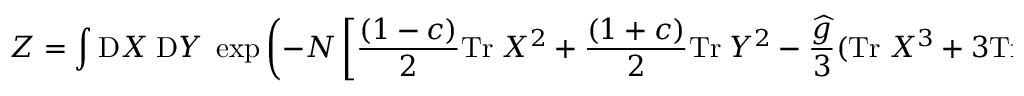
Z = \int \mathrm { D } X \; \mathrm { D } Y \; \exp \left( - N \left[ \frac { ( 1 - c ) } { 2 } \mathrm { T r } \; X ^ { 2 } + \frac { ( 1 + c ) } { 2 } \mathrm { T r } \; Y ^ { 2 } - \frac { \widehat { g } } { 3 } ( \mathrm { T r } \; X ^ { 3 } + 3 \mathrm { T r } \; X Y ^ { 2 } ) \right] \right) .